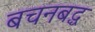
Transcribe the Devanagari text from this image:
बचनबद्ध